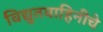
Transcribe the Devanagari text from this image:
विद्युतवाहिनीचे